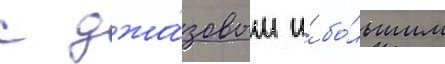
с джа́зовым и́ бо́льшим